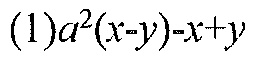
(1)\(a^{2}(x - y)-x + y\)